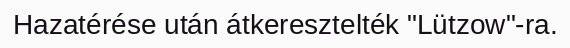
Hazatérése után átkeresztelték "Lützow"-ra.